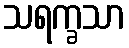
သရက္ခသာ